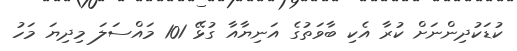
ކުޑަކުދިންނަށް ކުރާ އެކި ބާވަތުގެ އަނިޔާއާ ގުޅޭ 101 މައްސަލަ މިދިޔަ މަހު